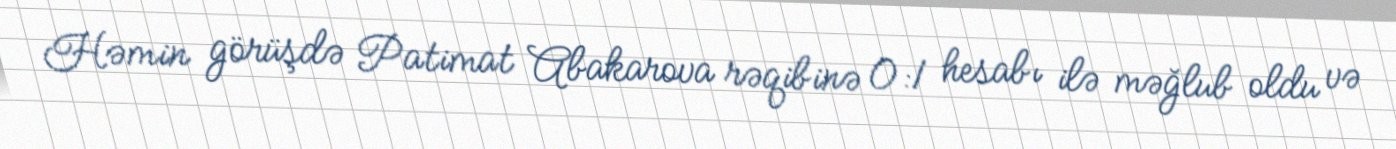
Həmin görüşdə Patimat Abakarova rəqibinə 0:1 hesabı ilə məğlub oldu və